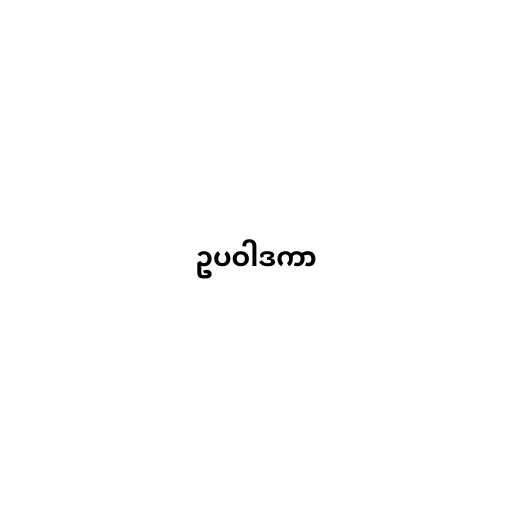
ဥပဝါဒကာ